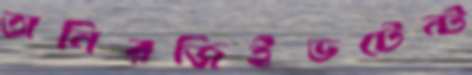
অনিরজিইভটেন্ট